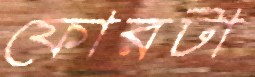
ফোরটা